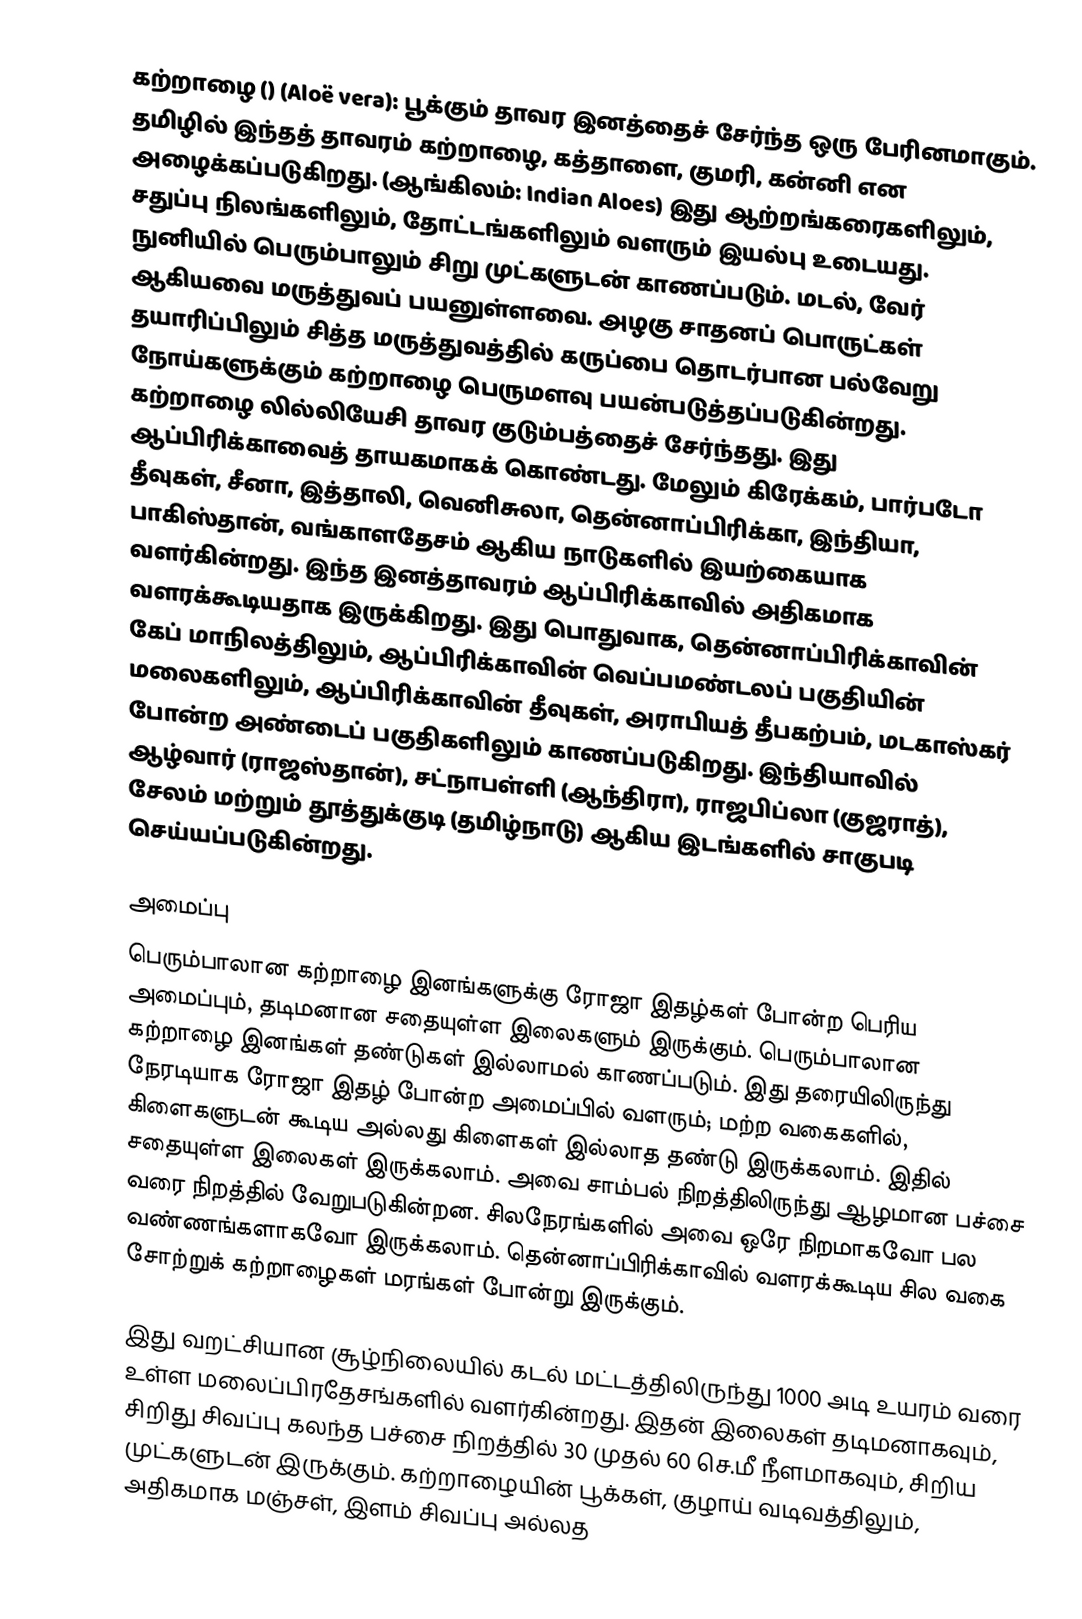
கற்றாழை () (Aloë vera): பூக்கும் தாவர இனத்தைச் சேர்ந்த ஒரு பேரினமாகும். தமிழில் இந்தத் தாவரம் கற்றாழை, கத்தாளை, குமரி, கன்னி என அழைக்கப்படுகிறது. (ஆங்கிலம்: Indian Aloes) இது ஆற்றங்கரைகளிலும், சதுப்பு நிலங்களிலும், தோட்டங்களிலும் வளரும் இயல்பு உடையது. நுனியில் பெரும்பாலும் சிறு முட்களுடன் காணப்படும். மடல், வேர் ஆகியவை மருத்துவப் பயனுள்ளவை. அழகு சாதனப் பொருட்கள் தயாரிப்பிலும் சித்த மருத்துவத்தில் கருப்பை தொடர்பான பல்வேறு நோய்களுக்கும்  கற்றாழை பெருமளவு பயன்படுத்தப்படுகின்றது.  கற்றாழை லில்லியேசி தாவர குடும்பத்தைச் சேர்ந்தது. இது ஆப்பிரிக்காவைத் தாயகமாகக் கொண்டது. மேலும் கிரேக்கம், பார்படோ தீவுகள், சீனா, இத்தாலி, வெனிசுலா, தென்னாப்பிரிக்கா,  இந்தியா, பாகிஸ்தான், வங்காளதேசம் ஆகிய நாடுகளில் இயற்கையாக வளர்கின்றது. இந்த இனத்தாவரம் ஆப்பிரிக்காவில் அதிகமாக வளரக்கூடியதாக இருக்கிறது. இது பொதுவாக, தென்னாப்பிரிக்காவின் கேப் மாநிலத்திலும், ஆப்பிரிக்காவின் வெப்பமண்டலப் பகுதியின் மலைகளிலும், ஆப்பிரிக்காவின் தீவுகள், அராபியத் தீபகற்பம், மடகாஸ்கர் போன்ற அண்டைப் பகுதிகளிலும் காணப்படுகிறது. இந்தியாவில் ஆழ்வார் (ராஜஸ்தான்), சட்நாபள்ளி (ஆந்திரா), ராஜபிப்லா (குஜராத்), சேலம் மற்றும் தூத்துக்குடி (தமிழ்நாடு) ஆகிய இடங்களில் சாகுபடி செய்யப்படுகின்றது.

அமைப்பு
பெரும்பாலான கற்றாழை இனங்களுக்கு ரோஜா இதழ்கள் போன்ற பெரிய அமைப்பும், தடிமனான சதையுள்ள இலைகளும் இருக்கும். பெரும்பாலான கற்றாழை இனங்கள் தண்டுகள் இல்லாமல் காணப்படும். இது தரையிலிருந்து நேரடியாக ரோஜா இதழ் போன்ற அமைப்பில் வளரும்; மற்ற வகைகளில், கிளைகளுடன் கூடிய அல்லது கிளைகள் இல்லாத தண்டு இருக்கலாம். இதில் சதையுள்ள இலைகள் இருக்கலாம். அவை சாம்பல் நிறத்திலிருந்து ஆழமான பச்சை வரை நிறத்தில் வேறுபடுகின்றன. சிலநேரங்களில் அவை ஒரே நிறமாகவோ பல வண்ணங்களாகவோ இருக்கலாம். தென்னாப்பிரிக்காவில் வளரக்கூடிய சில வகை சோற்றுக் கற்றாழைகள் மரங்கள் போன்று இருக்கும்.

இது வறட்சியான சூழ்நிலையில் கடல் மட்டத்திலிருந்து 1000 அடி உயரம் வரை உள்ள மலைப்பிரதேசங்களில் வளர்கின்றது. இதன் இலைகள் தடிமனாகவும், சிறிது சிவப்பு கலந்த பச்சை நிறத்தில் 30 முதல் 60 செ.மீ நீளமாகவும், சிறிய முட்களுடன் இருக்கும். கற்றாழையின் பூக்கள், குழாய் வடிவத்திலும், அதிகமாக மஞ்சள், இளம் சிவப்பு அல்லத